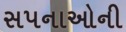
સપનાઓની